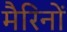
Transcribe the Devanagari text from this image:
मैरिनों